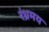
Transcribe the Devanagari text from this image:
रंध्रमय